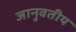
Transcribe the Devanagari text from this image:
जानुवतीय